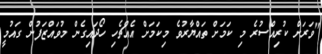
"ވަރަށް ކުރިއްސުރެ މި ކަމަށް ތައްޔާރުވެ މިކަމަށް އެއްޗެހި ހޯދައިގެން މުވައްޒަފުން ގައުމީ